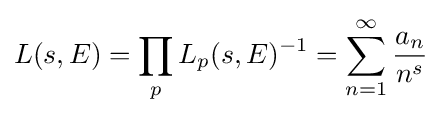
L(s,E)=\prod _{p}L_{p}(s,E)^{-1}=\sum _{n=1}^{\infty }{\frac {a_{n}}{n^{s}}}